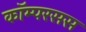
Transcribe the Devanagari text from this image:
कॉम्परसस